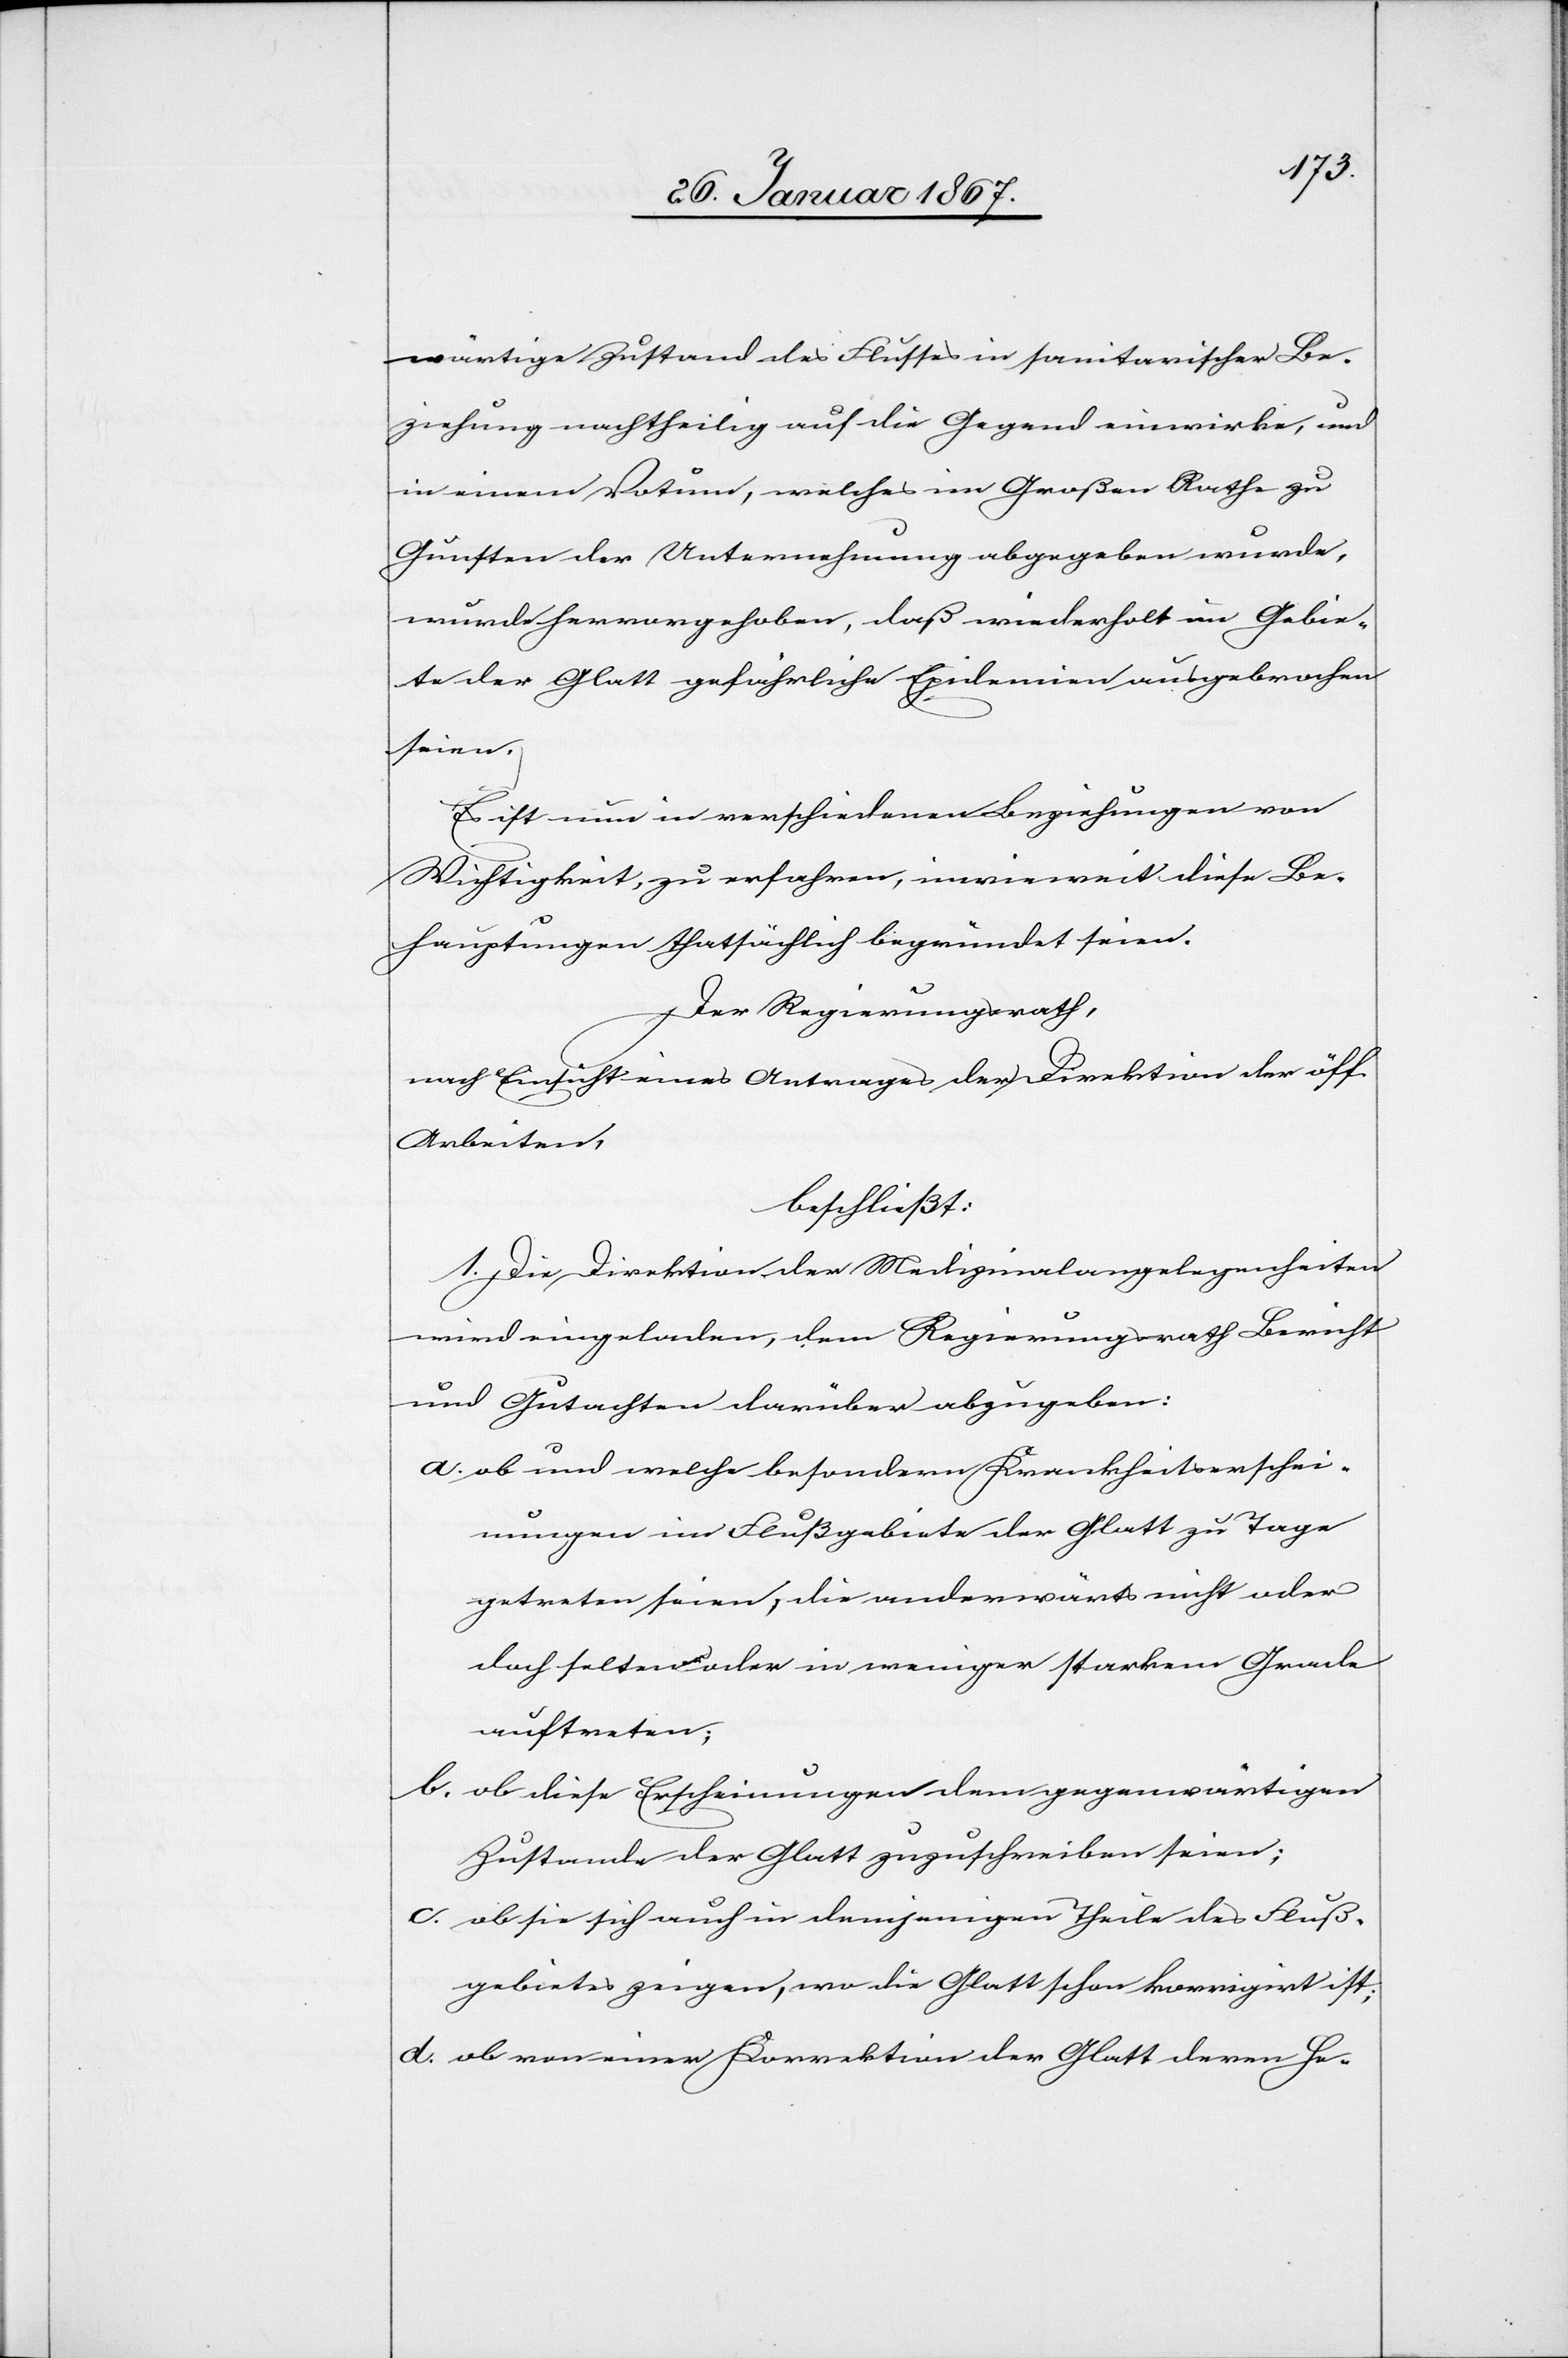
wärtige Zustand des Flusses in sanitarischer Be¬
ziehung nachtheilig auf die Gegend einwirke, und
in einem Votum, welches im Großen Rathe zu
Gunsten der Unternehmung abgegeben wurde,
wurde hervorgehoben, daß wiederholt im Gebie¬
te der Glatt gefährliche Epidemien ausgebrochen
seien.
Es ist nun in verschiedenen Beziehungen von
Wichtigkeit, zu erfahren, inwieweit diese Be¬
hauptungen thatsächlich begründet seien.
Der Regierungsrath,
nach Einsicht eines Antrages der Direktion der öff.
Arbeiten,
beschließt:
1. Die Direktion der Medizinalangelegenheiten
wird eingeladen, dem Regierungsrath Bericht
und Gutachten darüber abzugeben:
a. 	ob und welche besondern Krankheitserschei¬
nungen im Flußgebiete der Glatt zu Tage
getreten seien, die anderwärts nicht oder
doch selten oder in weniger starkem Grade
auftraten;
b.	ob diese Erscheinungen dem gegenwärtigen
Zustande der Glatt zuzuschreiben seien;
c.	ob sie sich auch in demjenigen Theile des Fluß¬
gebietes zeigen, wo die Glatt schon korrigirt ist;
d.	ob von einer Korrektion der Glatt deren He-